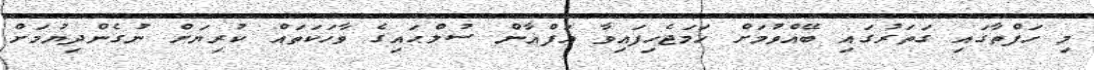
މި ހަފްތާގައި ގަތަރުގައި ބޭއްވުމަށް ހަމަޖެހިފައިވާ އަފްޣާން ސުލްޙައިގެ ވާހަކަތައް ކުރިޔަށް ނުގެންދިޔުމަށް